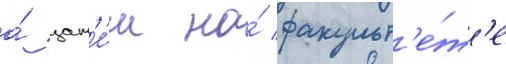
а́ зат'е́м на́ факульт'е́т'е